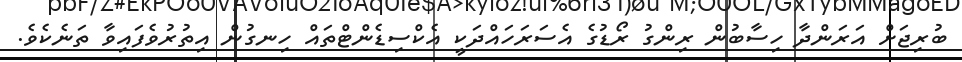
ބުރިޖަށް އަރަންދާ ހިސާބުން ރިންގު ރޯޑުގެ އެސަރަހައްދަކީ އެކްސިޑެންޓްތައް ހިނގުން އިތުރުވެފައިވާ ތަނެކެވެ.